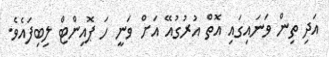
އަދި ތިން ވަނައިގައި އޮތް އުރުގުއޭ އަށް ވަނީ ހަ ޕޮއިންޓް ލިބިފައެވެ.